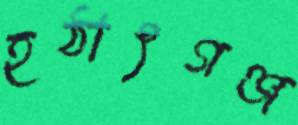
হঠাৎগঞ্জ